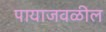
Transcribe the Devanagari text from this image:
पायाजवळील